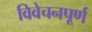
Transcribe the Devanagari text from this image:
विवेचनपूर्ण